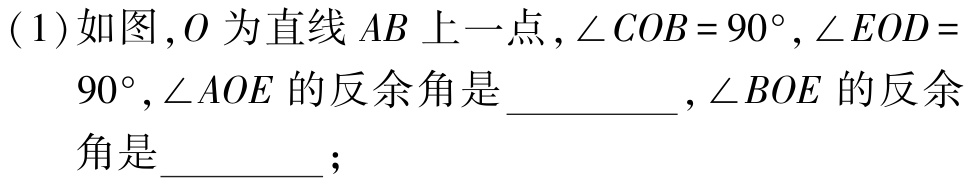
(1)如图,$O$为直线$AB$上一点,$\angle COB = 90^{\circ},\angle EOD = 90^{\circ},\angle AOE$的反余角是__________$,\angle BOE$的反余角是_________;